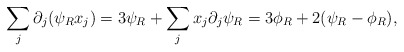
\begin{align*}\sum_j \partial_j (\psi_R x_j) = 3\psi_R +\sum_j x_j \partial_j \psi_R = 3\phi_R + 2(\psi_R-\phi_R),\end{align*}